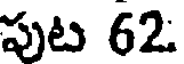
పుట 62: